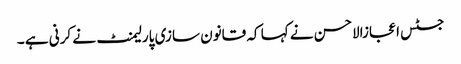
جسٹس اعجازالاحسن نے کہا کہ قانون سازی پارلیمنٹ نے کرنی ہے ۔